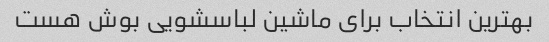
بهترین انتخاب برای ماشین لباسشویی بوش هست